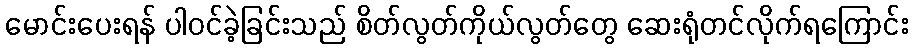
မောင်းပေးရန် ပါဝင်ခဲ့ခြင်းသည် စိတ်လွတ်ကိုယ်လွတ်တွေ ဆေးရုံတင်လိုက်ရကြောင်း